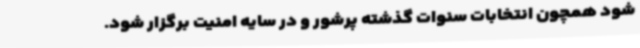
شود همچون انتخابات سنوات گذشته پرشور و در سایه امنیت برگزار شود.